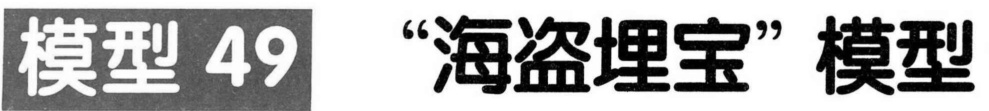
模型 49 “海盗埋宝”模型